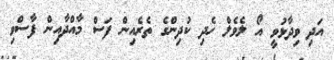
އަދި ވިދާޅުވީ އޯ ލެވެލް ހެދި ކުދިންގެ ތެރެއިން ފަސް މާއްދާއިން ފާސްވި